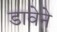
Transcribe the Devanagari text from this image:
डावेने